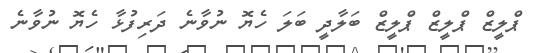
ޕްލީޒް ޕްލީޒް ޕްލީޒް ބަލާދީ ބަލަ ހެޔޮ ނުވާނެ ދަރިފުޅާ ހެޔޮ ނުވާނެ